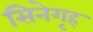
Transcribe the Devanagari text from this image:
सिनेगृह